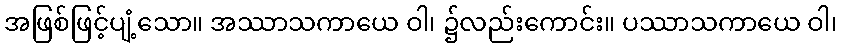
အဖြစ်ဖြင့်ပျံ့သော။ အဿာသကာယေ ဝါ၊ ၌လည်းကောင်း။ ပဿာသကာယေ ဝါ၊